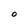
Character: O